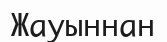
Жауыннан